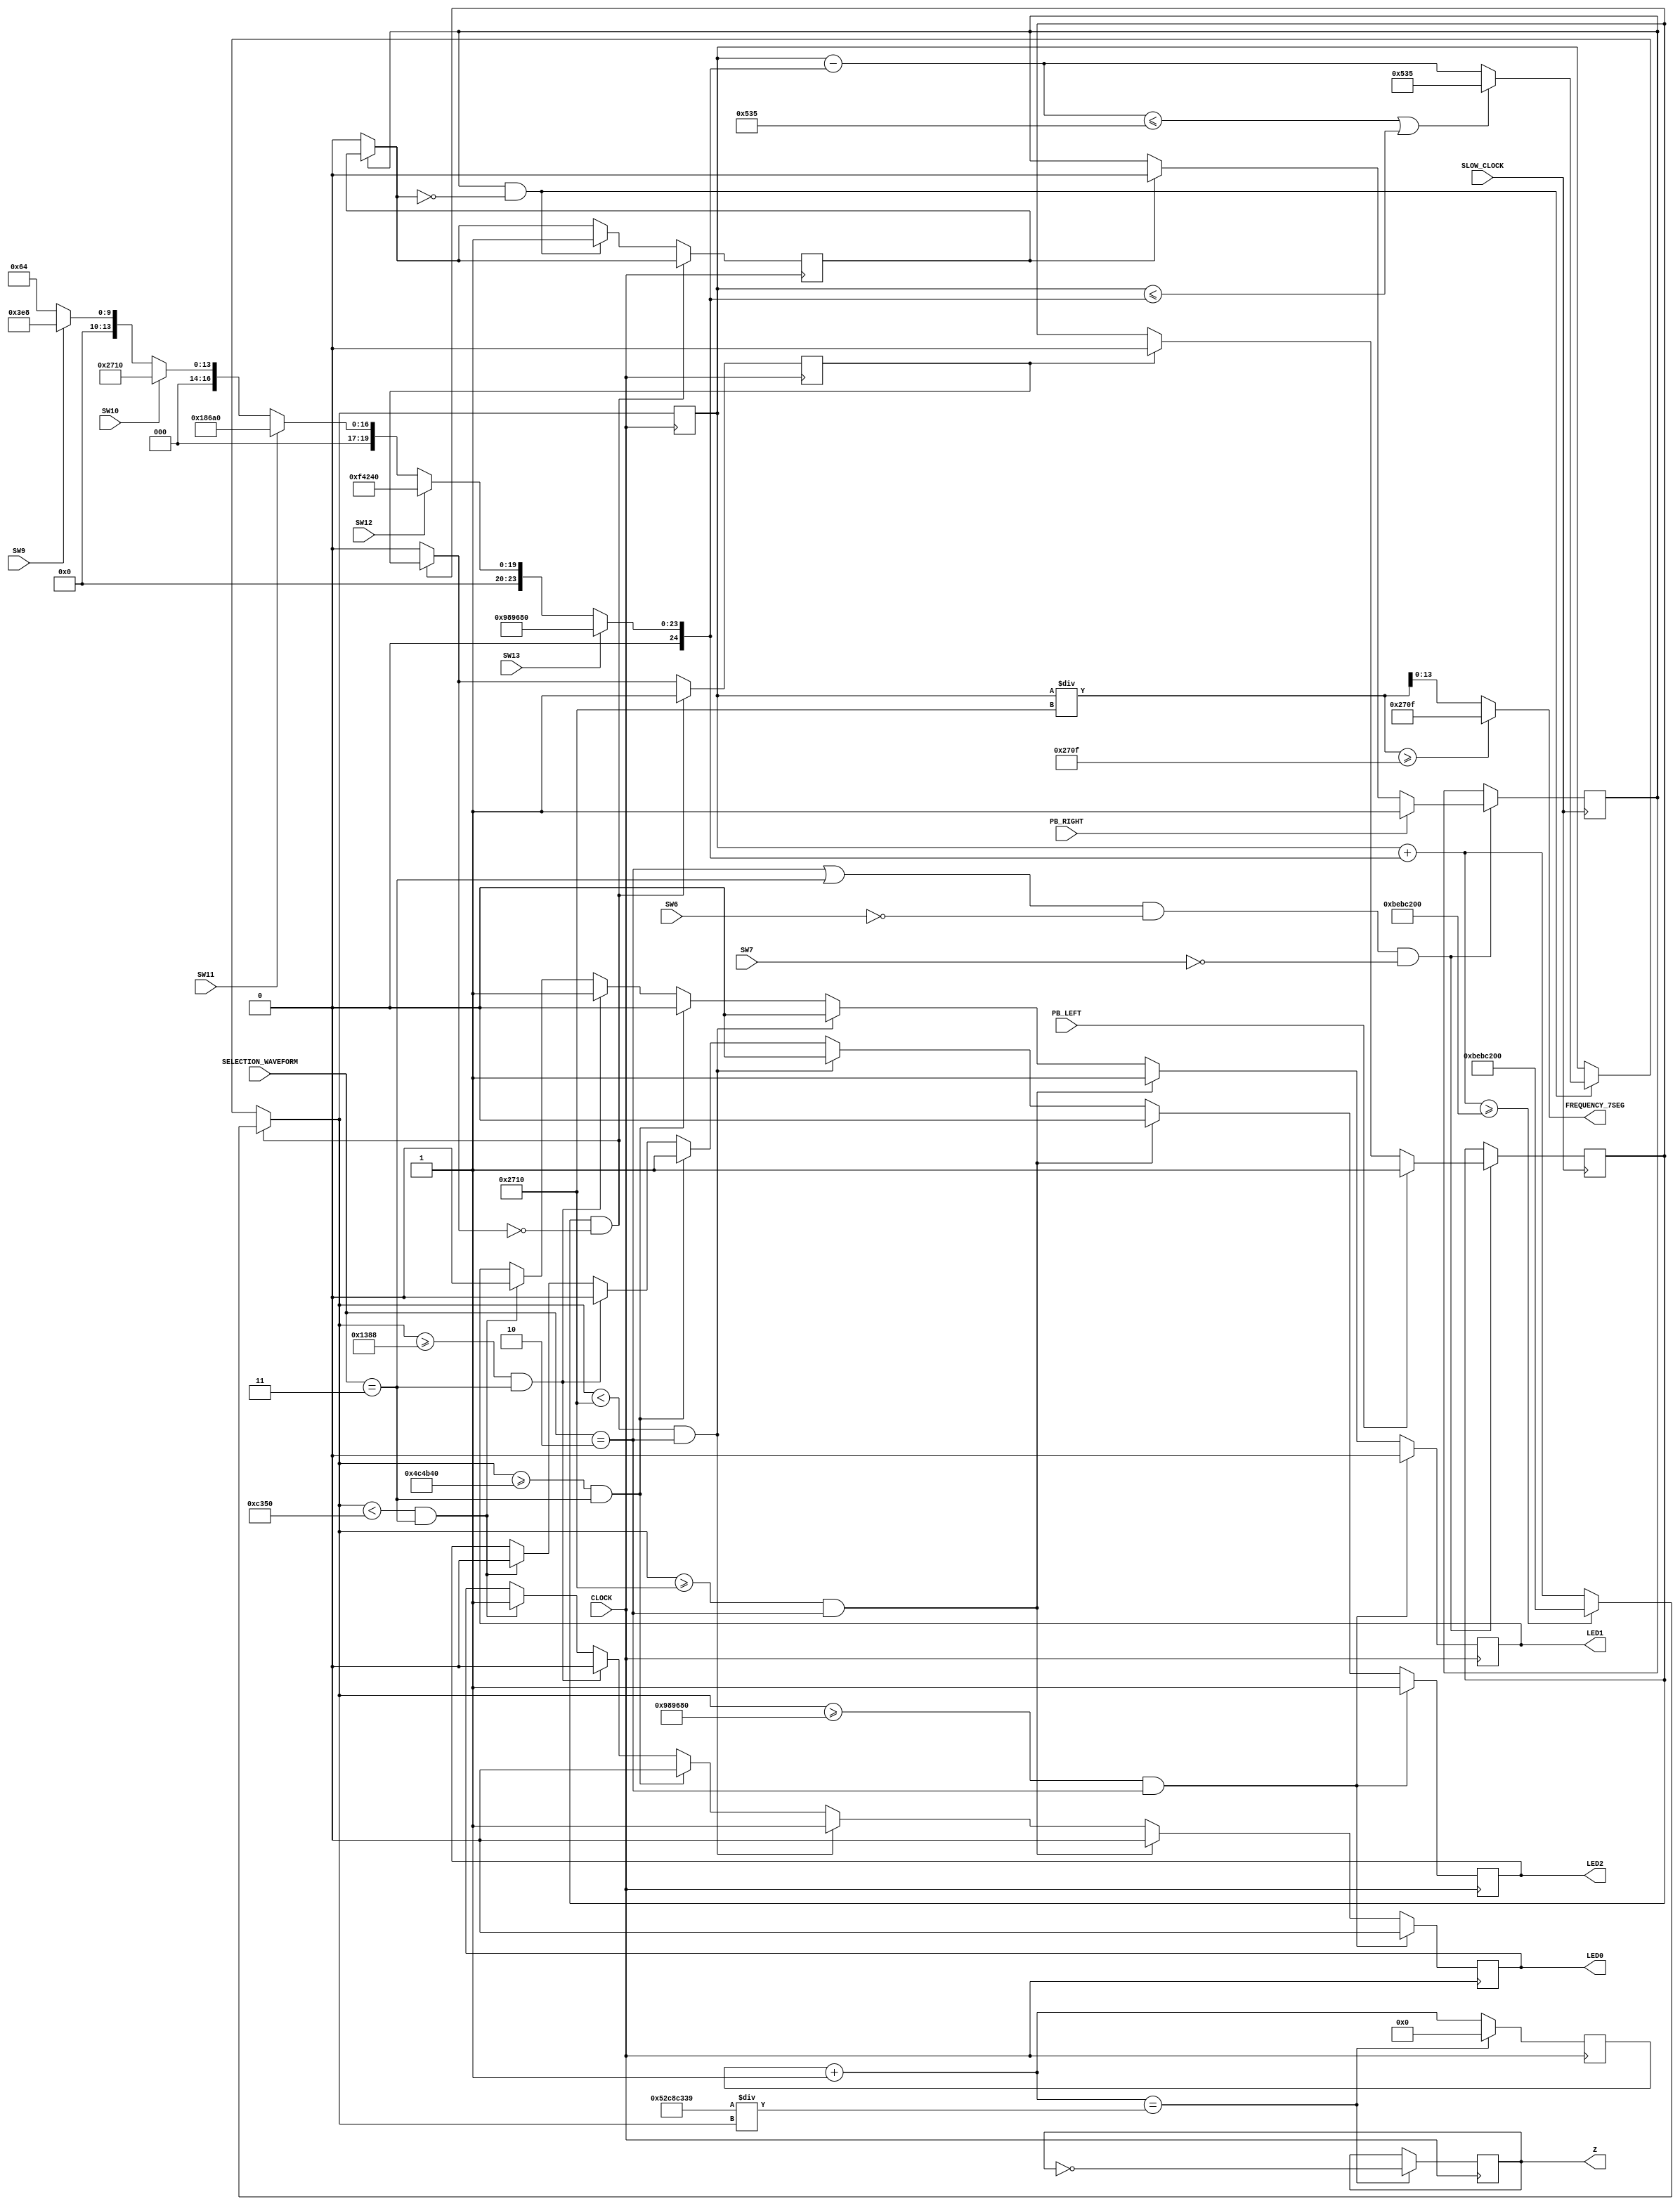
`timescale 1ns / 1ps
//////////////////////////////////////////////////////////////////////////////////
// Company: 
// Engineer: 
// 
// Design Name: 
// Module Name: SINE_FREQUENCY
// Project Name: 
// Target Devices: 
// Tool Versions: 
// Description: 
// 
// Dependencies: 
// 
// Revision:
// Revision 0.01 - File Created
// Additional Comments:
// 
//////////////////////////////////////////////////////////////////////////////////


module SINE_FREQUENCY(
    input CLOCK,
    input SLOW_CLOCK,
    input PB_LEFT,
    input PB_RIGHT,
    input SW6,
    input SW7,
    input SW9,
    input SW10,
    input SW11,
    input SW12,
    input SW13,
    input [1:0] SELECTION_WAVEFORM,
    output reg Z,
    output LED0,
    output LED1,
    output LED2,
    output [13:0] FREQUENCY_7SEG
    );
    
    reg [19:0] count = 20'b0;
    integer FPGA_frequency = 1388888889;
    integer frequency = 1333;               
    integer vary_clock = 20'hFFFFF;
    integer frequency_addition = 1000;
    
    reg left_press = 0;
    reg left_press_reset = 0;
    reg right_press = 0;
    reg right_press_reset = 0;
    
    reg mHz = 0;
    reg Hz = 0;
    reg kHz = 0;
    
    //checking for PB//
    always @(posedge SLOW_CLOCK)
    begin
        if((SELECTION_WAVEFORM == 2 || SELECTION_WAVEFORM == 3) && SW6 == 0 && SW7 == 0)
        begin
            left_press = (PB_LEFT == 1) ? 1 :
                            ((left_press_reset == 1) ? 0 : left_press);     //check LEFT pressbutton
    
            right_press = (PB_RIGHT == 1) ? 1 :
                            ((right_press_reset == 1) ? 0 : right_press);     //check RIGHT pressbutton
        end
    end
    //end of checking for PB //
    
    //vary frequency//
    always @(posedge CLOCK)
    begin
        //switch frequency setting//
        frequency_addition = (SW13 == 1) ? 10000000 :            // 1KHz
                             (SW12 == 1) ? 1000000 :             // 100Hz
                             (SW11 == 1) ? 100000 :              // 10Hz
                             (SW10 == 1) ? 10000 :               // 1Hz
                             (SW9 == 1) ? 1000: 100;           // 0.1Hz else 0.01Hz
        //end of switch frequency setting//
        
        left_press_reset = (left_press == 0) ? 0 : left_press_reset;
        right_press_reset = (right_press == 0) ? 0 : right_press_reset;
        
        if(left_press == 1 && left_press_reset == 0) //changing HIGH amplitude
        begin
            if(frequency + frequency_addition >= 200000000)
            begin
                frequency = 200000000;
            end
            else
            begin 
                frequency = frequency + frequency_addition;
            end
            left_press_reset = 1 ;
        end
        else if(right_press == 1 && right_press_reset == 0)//changing LOW amplitude
        begin
            if(frequency - frequency_addition <= 1333 || frequency <= frequency_addition)
            begin
                frequency = 1333;
            end
            else
            begin
                frequency = frequency - frequency_addition;
            end
            right_press_reset = 1 ;
        end
        vary_clock = (FPGA_frequency/frequency);
        
        //frequency LED//
        if(frequency >= 10000000 && SELECTION_WAVEFORM == 2)
        begin
            mHz = 0;
            Hz = 0;
            kHz = 1;
        end
        else if(frequency >= 10000 && SELECTION_WAVEFORM == 2)
        begin
            mHz = 0;
            Hz = 1;
            kHz = 0;
        end
        else if(frequency < 10000 && SELECTION_WAVEFORM == 2)
        begin
            mHz = 1;
            Hz = 0;
            kHz = 0;
        end
        else if(frequency >= 5000000 && SELECTION_WAVEFORM == 3)
        begin
            mHz = 0;
            Hz = 0;
            kHz = 1;
        end
        else if(frequency >= 5000 && SELECTION_WAVEFORM == 3)
        begin
            mHz = 0;
            Hz = 1;
            kHz = 0;
        end
        else if(frequency < 50000 && SELECTION_WAVEFORM == 3)
        begin
            mHz = 1;
            Hz = 0;
            kHz = 0;
        end
        //end of frequency LED//
        
        count = count + 1;
        if(count == vary_clock)
        begin
            Z = ~Z;
            count = 0;
        end
    end
    //end vary frequency//
    
    assign LED0 = mHz;
    assign LED1 = Hz;
    assign LED2 = kHz;
    assign FREQUENCY_7SEG = (frequency/10000 >= 9999) ? 9999 : frequency/10000;
    
endmodule